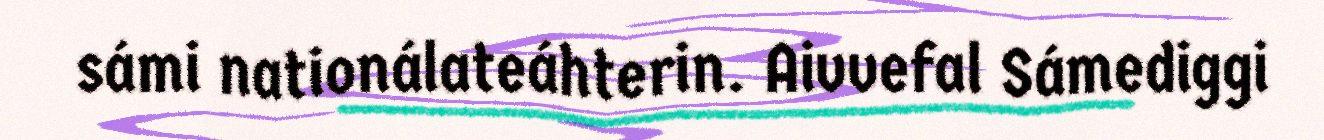
sámi nationálateáhterin. Aivvefal Sámediggi